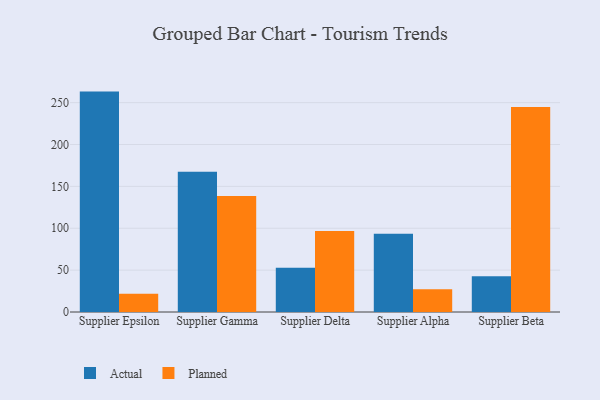
{"axis": {"x": "Supplier", "y": "Gross Profit (USD K)"}, "legend": ["Actual", "Planned"], "data": [{"x": "Supplier Epsilon", "y": 263.2, "type": "Actual"}, {"x": "Supplier Epsilon", "y": 21.8, "type": "Planned"}, {"x": "Supplier Gamma", "y": 167.4, "type": "Actual"}, {"x": "Supplier Gamma", "y": 138.6, "type": "Planned"}, {"x": "Supplier Delta", "y": 52.7, "type": "Actual"}, {"x": "Supplier Delta", "y": 96.7, "type": "Planned"}, {"x": "Supplier Alpha", "y": 93.4, "type": "Actual"}, {"x": "Supplier Alpha", "y": 27.1, "type": "Planned"}, {"x": "Supplier Beta", "y": 42.6, "type": "Actual"}, {"x": "Supplier Beta", "y": 244.8, "type": "Planned"}]}